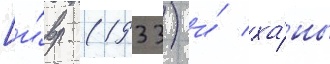
[и́вр. (1933) и́ ха́ны